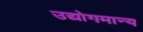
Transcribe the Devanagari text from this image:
उद्योगमान्य